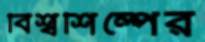
বিশ্বশিল্পের